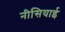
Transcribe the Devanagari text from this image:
नीसियाई